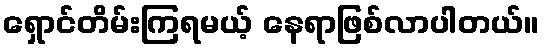
ရှောင်တိမ်းကြရမယ့် နေရာဖြစ်လာပါတယ်။